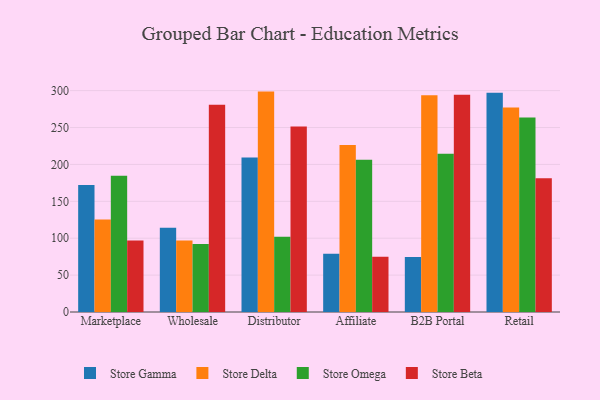
{"axis": {"x": "Channel", "y": "Bounce Rate (%)"}, "legend": ["Store Beta", "Store Delta", "Store Gamma", "Store Omega"], "data": [{"x": "Marketplace", "y": 172.1, "type": "Store Gamma"}, {"x": "Marketplace", "y": 125.5, "type": "Store Delta"}, {"x": "Marketplace", "y": 184.7, "type": "Store Omega"}, {"x": "Marketplace", "y": 97.0, "type": "Store Beta"}, {"x": "Wholesale", "y": 114.2, "type": "Store Gamma"}, {"x": "Wholesale", "y": 97.0, "type": "Store Delta"}, {"x": "Wholesale", "y": 92.2, "type": "Store Omega"}, {"x": "Wholesale", "y": 281.0, "type": "Store Beta"}, {"x": "Distributor", "y": 209.3, "type": "Store Gamma"}, {"x": "Distributor", "y": 298.7, "type": "Store Delta"}, {"x": "Distributor", "y": 102.0, "type": "Store Omega"}, {"x": "Distributor", "y": 251.4, "type": "Store Beta"}, {"x": "Affiliate", "y": 79.1, "type": "Store Gamma"}, {"x": "Affiliate", "y": 226.2, "type": "Store Delta"}, {"x": "Affiliate", "y": 206.4, "type": "Store Omega"}, {"x": "Affiliate", "y": 74.9, "type": "Store Beta"}, {"x": "B2B Portal", "y": 74.7, "type": "Store Gamma"}, {"x": "B2B Portal", "y": 293.8, "type": "Store Delta"}, {"x": "B2B Portal", "y": 214.6, "type": "Store Omega"}, {"x": "B2B Portal", "y": 294.3, "type": "Store Beta"}, {"x": "Retail", "y": 297.3, "type": "Store Gamma"}, {"x": "Retail", "y": 277.3, "type": "Store Delta"}, {"x": "Retail", "y": 263.6, "type": "Store Omega"}, {"x": "Retail", "y": 181.4, "type": "Store Beta"}]}